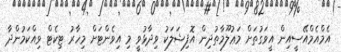
އެމްއެމްއޭސީއިން އީވަގުތަށް މަޢުލޫމާތުދިން އޮފިޝަލަކު ވިދާޅުވީ މި އިވެންޓަށް މިހާރު ޓިކެޓް ވިއްކަމުންދާ